Indian journal of veterinary science and animal husbandry - Volumes 18-21, 1948-1951
Year: 1948
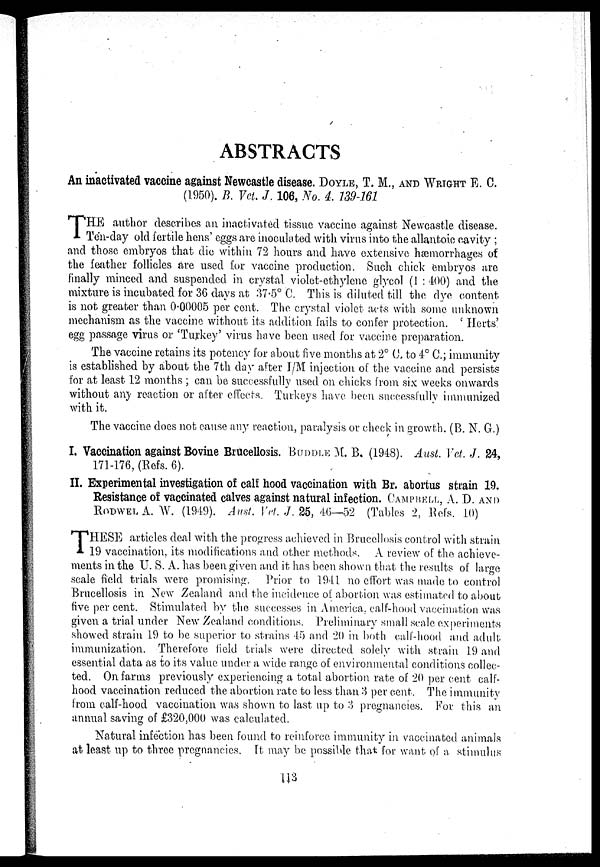
ABSTRACTS
An inactivated vaccine against Newcastle disease. DOYLE, T. M., AND WRIGHT E. C.
(1950). B. Vet. J. 106, No. 4. 139-161
T HE author describes an inactivated tissue vaccine against Newcastle disease.
Tén-day old fertile hens' eggs are inoculated with virus into the allantoic cavity ;
and those embryos that die within 72 hours and have extensive hæmorrhages of
the feather follicles are used for vaccine production. Such chick embryos are
finally minced and suspended in crystal violet-ethylene glycol (1 : 400) and the
mixture is incubated for 36 days at 37.5° C. This is diluted till the dye content
is not greater than 0.00005 per cent. The crystal violet acts with some unknown
mechanism as the vaccine without its addition fails to confer protection. ' Herts'
egg passage virus or 'Turkey' virus have been used for vaccine preparation.
The vaccine retains its potency for about five months at 2° C, to 4° C.; immunity
is established by about the 7th day after I/M injection of the vaccine and persists
for at least 12 months ; can be successfully used on chicks from six weeks onwards
without any reaction or after effects. Turkeys have been successfully immunized
with it.
The vaccine does not cause any reaction, paralysis or check in growth. (B. N. G.)
I. Vaccination against Bovine Brucellosis. BUDDLE M. B. (1948). Aust. Vet. J. 24,
171-176, (Refs. 6).
II. Experimental investigation of calf hood vaccination with Br. abortus strain 19.
Resistance of vaccinated calves against natural infection. CAMP HELL, A. D. AND
RODWELA. W. (1949). Aust.vet.J. 25, 46—52 (Tables 2, Refs. 10)
T HESE articles deal with the progress achieved in Brucellosis control with strain
19 vaccination, its modifications and other methods. A review of the achieve-
ments in the U. S. A. has been given and it has been shown that the results of large
scale field trials were promising. Prior to 1941 no effort was made to control
Brucellosis in New Zealand and the incidence of abortion was estimated to about
five per cent. Stimulated by the successes in America, calf-hood vaccination was
given a trial under New Zealand conditions. Preliminary small scale experiments
showed strain 19 to be superior to strains 45 and 20 in both calf-hood and adult
immunization. Therefore field trials were directed solely with strain 19 and
essential data as to its value under a wide range of environmental conditions collec-
ted. On farms previously experiencing a total abortion rate of 20 per cent calf-
hood vaccination reduced the abortion rate to less than 3 per cent. The immunity
from calf-hood vaccination was shown to last up to 3 pregnancies. For this an
annual saving of £320,000 was calculated.
Natural infection has been found to reinforce immunity in vaccinated animals
at least up to three pregnancies. It may be possible that for want of a stimulus
113